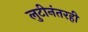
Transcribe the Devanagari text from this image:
लुटीनंतरही